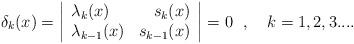
LaTeX: \begin{align*}\delta_k(x)=\left|\begin{array}{lr} \lambda_k(x)&s_k(x) \\ \lambda_{k-1}(x)&s_{k-1}(x) \end{array} \right|=0\ \ ,\ \ \ k=1, 2, 3.... \end{align*}